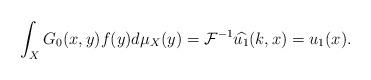
LaTeX: \begin{align*}\int_X G_0(x,y)f(y)d\mu_{X}(y)=\mathcal{F}^{-1}\widehat{u_1}(k,x)=u_1(x).\end{align*}